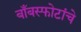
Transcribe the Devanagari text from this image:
बाँबस्फोटांचे